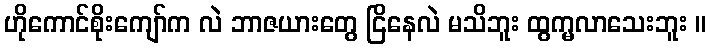
ဟိုကောင်စိုးကျော်က လဲ ဘာဇယားတွေ ငြိနေလဲ မသိဘူး ထွက္မလာသေးဘူး ။